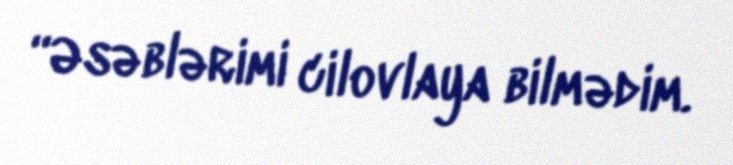
“Əsəblərimi cilovlaya bilmədim.